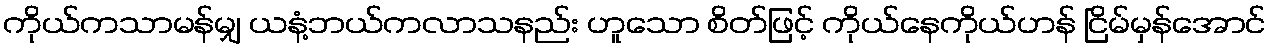
ကိုယ်ကသာမန်မျှ ယနံ့ဘယ်ကလာသနည်း ဟူသော စိတ်ဖြင့် ကိုယ်နေကိုယ်ဟန် ငြိမ်မှန်အောင်